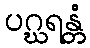
ပဂ္ဃရန္တံ